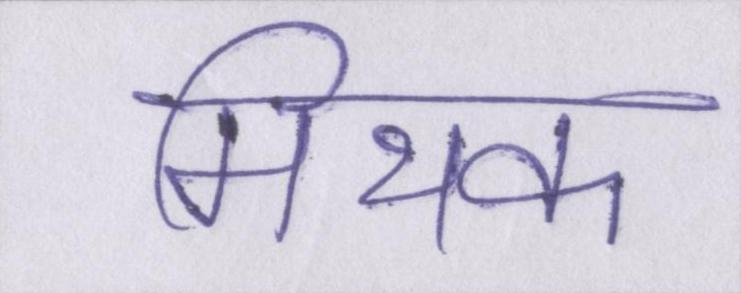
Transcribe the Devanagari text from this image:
मिथक